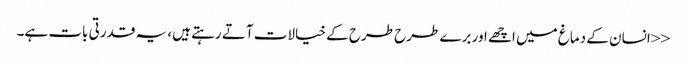
<<انسان کے دماغ میں اچھے اور برے طرح طرح کے خیالات آتے رہتے ہیں، یہ قدرتی بات ہے۔